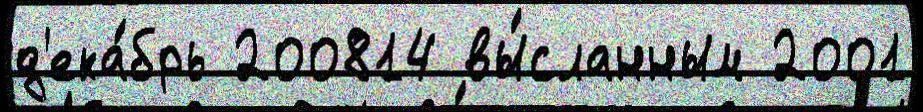
д'ека́брь 200814 вы́сланным 2001